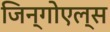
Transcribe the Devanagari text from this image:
जिन्गोएल्स